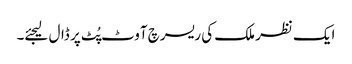
ایک نظر ملک کی ریسرچ آوٹ پُٹ پر ڈال لیجئے۔